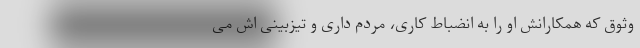
وثوق که همکارانش او را به انضباط کاری، مردم داری و تیزبینی اش می